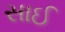
સાઈ